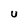
Character: u